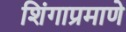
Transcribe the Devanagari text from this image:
शिंगाप्रमाणे